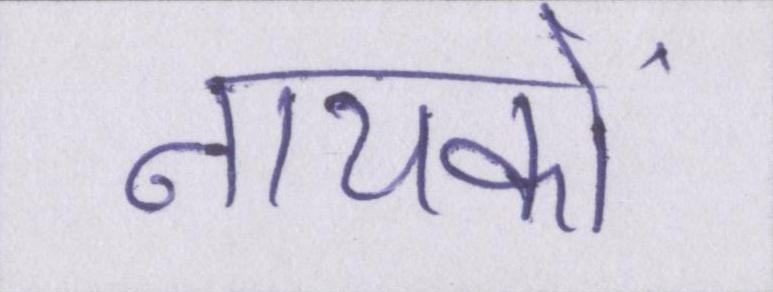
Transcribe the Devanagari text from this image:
नायकों